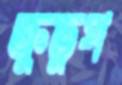
ক্রুডুপ